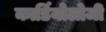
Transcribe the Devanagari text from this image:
कार्डियाेलोजी